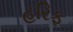
હરિફ